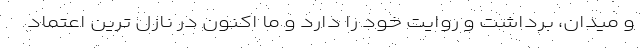
و میدان، برداشت و روایت خود را دارد و ما اکنون در نازل ترین اعتماد